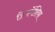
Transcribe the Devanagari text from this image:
डिफरेंशिया